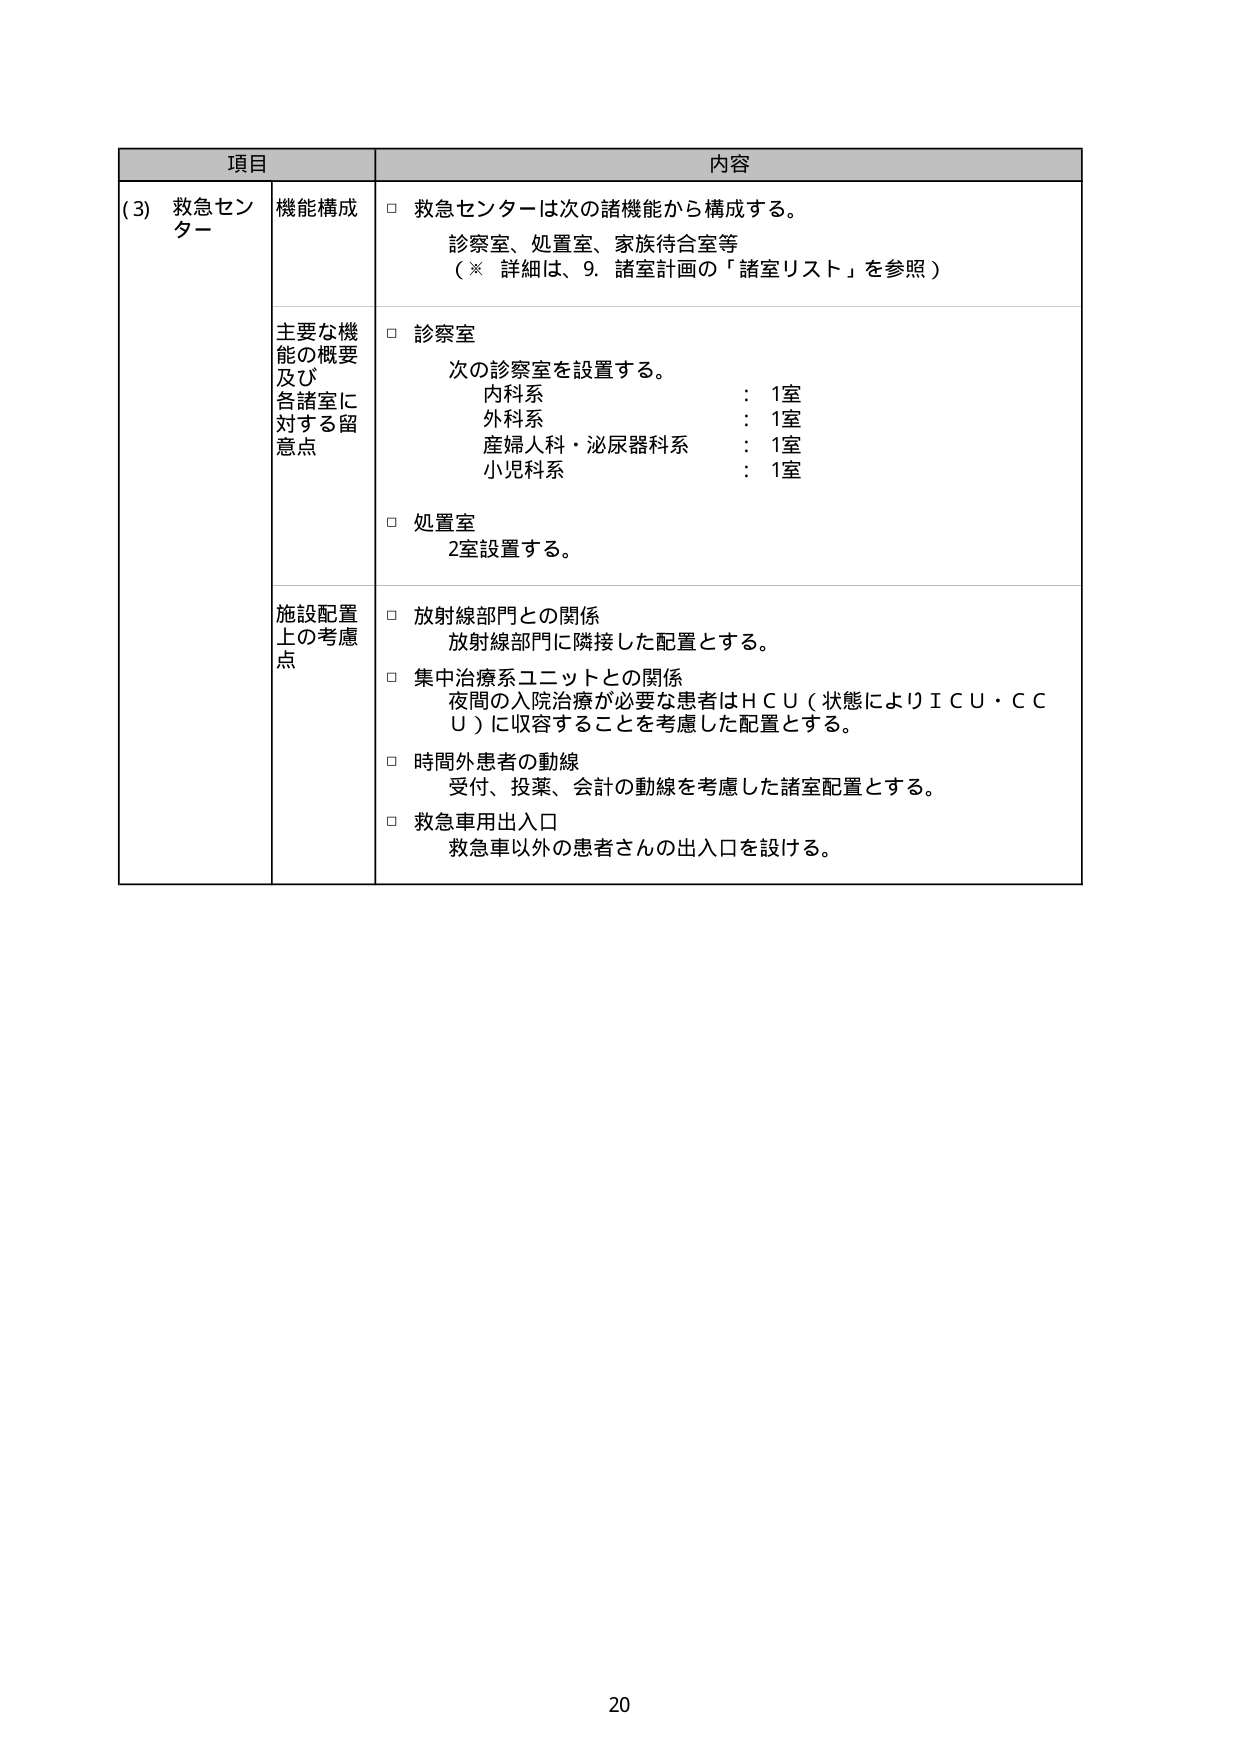
項目 内容
(3) 救急センター 機能構成 □ 救急センターは次の諸機能から構成する。
診察室、処置室、家族待合室等
（※ 詳細は、9. 諸室計画の「諸室リスト」を参照）
主要な機能の概要及び各諸室に対する留意点 □ 診察室
次の診察室を設置する。
内科系 ： 1室
外科系 ： 1室
産婦人科・泌尿器科系 ： 1室
小児科系 ： 1室
□ 処置室
2室設置する。
施設配置上の考慮点 □ 放射線部門との関係
放射線部門に隣接した配置とする。
□ 集中治療系ユニットとの関係
夜間の入院治療が必要な患者はＨＣＵ（状態によりＩＣＵ・ＣＣＵ）に収容することを考慮した配置とする。
□ 時間外患者の動線
受付、投薬、会計の動線を考慮した諸室配置とする。
□ 救急車用出入口
救急車以外の患者さんの出入口を設ける。
20